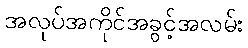
အလုပ်အကိုင်အခွင့်အလမ်း